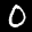
Label: 0